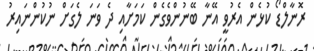
ރޮނާލްޑޯ ކުޅެން އެރުވީ އޭނާ ބޭނުންވެގެން ކަމަށާއި ދެ ވަނަ ލެގަށް ނުކުންނައިރު